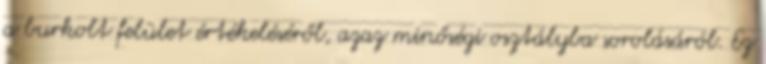
a burkolt felület értékeléséről, azaz minőségi osztályba sorolásáról. Ez